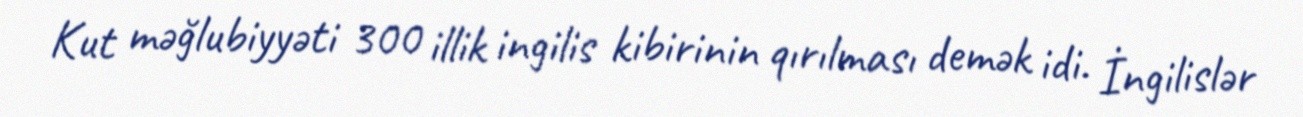
Kut məğlubiyyəti 300 illik ingilis kibirinin qırılması demək idi. İngilislər